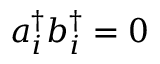
a _ { i } ^ { \dagger } b _ { i } ^ { \dagger } = 0